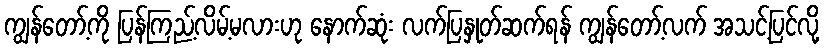
ကျွန်တော့်ကို ပြန်ကြည့်လိမ့်မလားဟု နောက်ဆုံး လက်ပြနှုတ်ဆက်ရန် ကျွန်တော့်လက် အသင့်ပြင်လို့